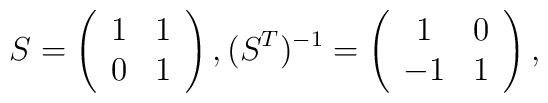
S=\left(\begin{array}{cc}1 & 1 \\0 & 1\end{array}\right),(S^{T})^{-1}=\left(\begin{array}{cc}1 & 0\\-1 & 1\end{array}\right),